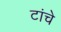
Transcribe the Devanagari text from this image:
टांचे